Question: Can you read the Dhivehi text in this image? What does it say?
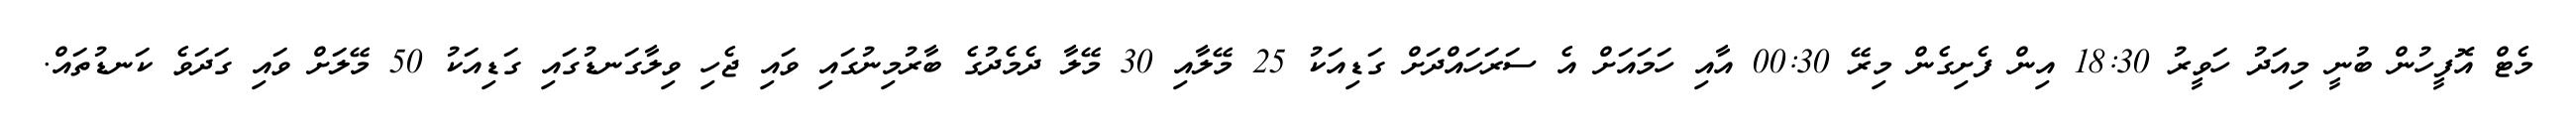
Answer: މެޓް އޮފީހުން ބުނީ މިއަދު ހަވީރު 18:30 އިން ފެށިގެން މިރޭ 00:30 އާއި ހަމައަށް އެ ސަރަހައްދަށް ގަޑިއަކު 25 މޭލާއި 30 މޭލާ ދެމެދުގެ ބާރުމިނުގައި ވައި ޖެހި ވިލާގަނޑުގައި ގަޑިއަކު 50 މޭލަށް ވައި ގަދަވެ ކަނޑުތައް.